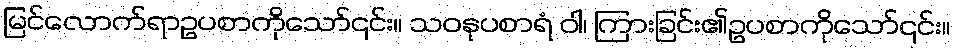
မြင်လောက်ရာဥပစာကိုသော်၎င်း။ သဝနုပစာရံ ဝါ၊ ကြားခြင်း၏ဥပစာကိုသော်၎င်း။